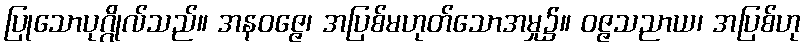
ပြုသောပုဂ္ဂိုလ်သည်။ အနဝဇ္ဇေ၊ အပြစ်မဟုတ်သောအမှု၌။ ဝဇ္ဇသညာယ၊ အပြစ်ဟု